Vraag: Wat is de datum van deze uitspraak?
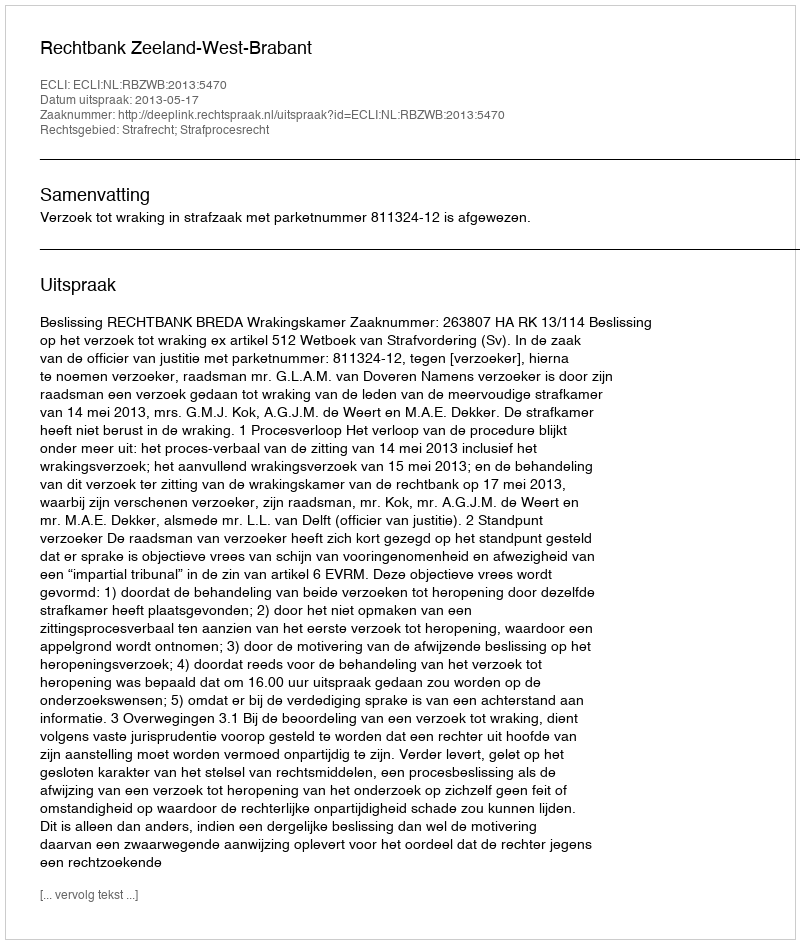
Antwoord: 2013-05-17